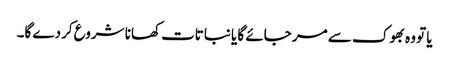
یا تو وہ بھوک سے مر جائے گا یا نباتات کھانا شروع کردے گا۔